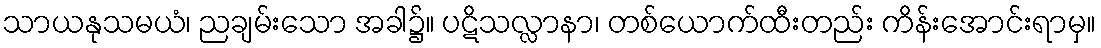
သာယနုသမယံ၊ ညချမ်းသော အခါ၌။ ပဋိသလ္လာနာ၊ တစ်ယောက်ထီးတည်း ကိန်းအောင်းရာမှ။